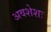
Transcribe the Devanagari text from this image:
अवशेशः